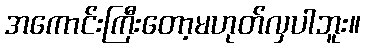
အကောင်းကြီးတော့မဟုတ်လှပါဘူး။